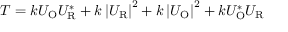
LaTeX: T = k U _ { \mathrm { O } } U _ { \mathrm { R } } ^ { * } + k \left| U _ { \mathrm { R } } \right| ^ { 2 } + k \left| U _ { \mathrm { O } } \right| ^ { 2 } + k U _ { \mathrm { O } } ^ { * } U _ { \mathrm { R } }